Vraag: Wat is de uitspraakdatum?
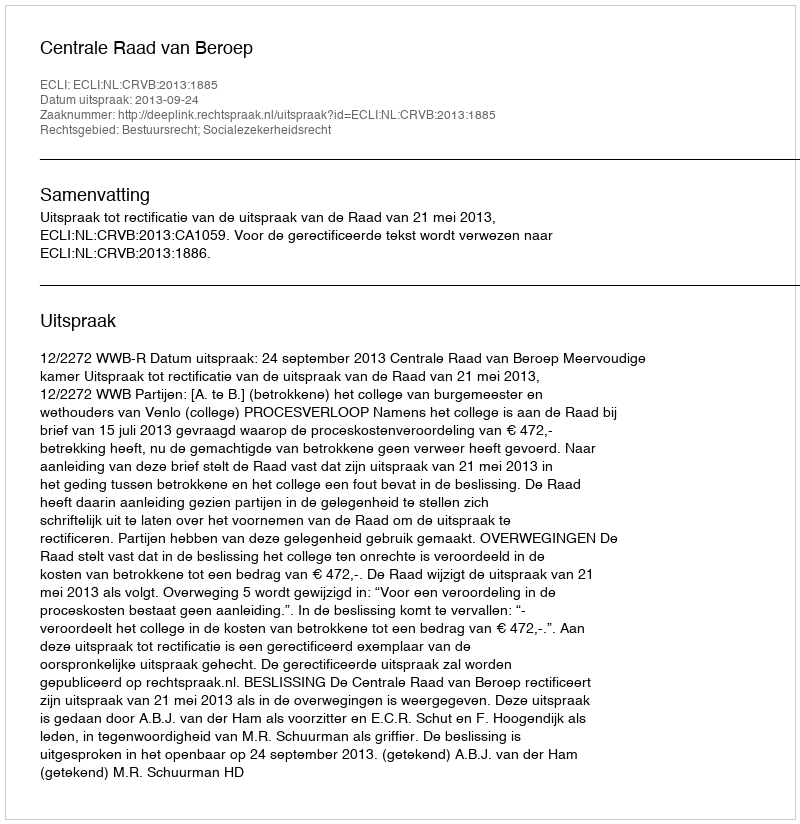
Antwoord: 2013-09-24